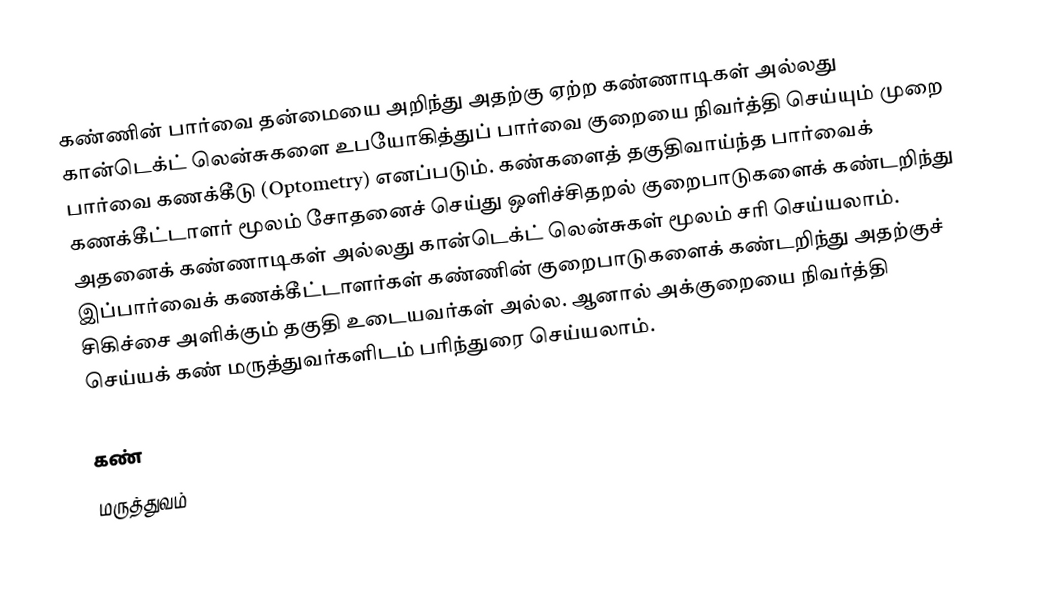
கண்ணின் பார்வை தன்மையை அறிந்து அதற்கு ஏற்ற கண்ணாடிகள் அல்லது கான்டெக்ட் லென்சுகளை உபயோகித்துப் பார்வை குறையை நிவர்த்தி செய்யும் முறை பார்வை கணக்கீடு (Optometry) எனப்படும். கண்களைத் தகுதிவாய்ந்த பார்வைக் கணக்கீட்டாளர் மூலம் சோதனைச் செய்து ஒளிச்சிதறல் குறைபாடுகளைக் கண்டறிந்து அதனைக் கண்ணாடிகள் அல்லது கான்டெக்ட் லென்சுகள் மூலம் சரி செய்யலாம். இப்பார்வைக் கணக்கீட்டாளர்கள் கண்ணின் குறைபாடுகளைக் கண்டறிந்து அதற்குச் சிகிச்சை அளிக்கும் தகுதி உடையவர்கள் அல்ல. ஆனால் அக்குறையை நிவர்த்தி செய்யக் கண் மருத்துவர்களிடம் பரிந்துரை  செய்யலாம்.

கண்
மருத்துவம்